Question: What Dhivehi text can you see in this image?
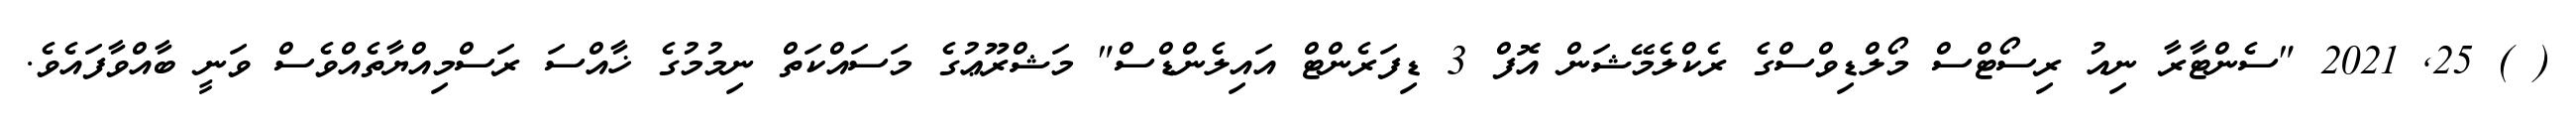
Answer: ( ) 25, 2021 "ސެންޓާރާ ނިއު ރިސޯޓްސް މޯލްޑިވްސްގެ ރެކްލެމޭޝަން އޮފް 3 ޑިފަރެންޓް އައިލެންޑްސް" މަޝްރޫޢުގެ މަސައްކަތް ނިމުމުގެ ޚާއްސަ ރަސްމިއްޔާތެއްވެސް ވަނީ ބާއްވާފައެވެ.